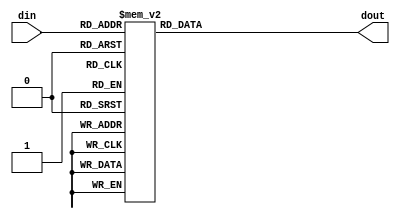
// Code your design here
module xs3(din,dout);
  input [3:0]din;
  output reg [3:0]dout;
  always@*
    case(din)
        0: dout=3;
        1: dout=4;
        2: dout=5;
        3: dout=6;
        4: dout=7;
        5: dout=8;
        6: dout=9;
        7: dout=10;
        8: dout=11;
        9: dout=12;
       default: dout=4'bx;
    endcase
endmodule
        
 // Code your testbench here

`timescale 1ns/1ns
module tb;
  reg [3:0]din;
  wire [3:0]dout;
  integer i;
  xs3 ins1(din,dout);
 initial begin
   $monitor("simtime=%0g,din=%d,dout=%d",$time,din,dout);
   for(i=0;i<=15;i=i+1)
     begin
       din=i;
       #5;
     end
   
 end
endmodule

//EDAPlayground https://www.edaplayground.com/x/hGEz